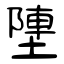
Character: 塦